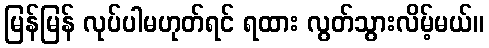
မြန်မြန် လုပ်ပါမဟုတ်ရင် ရထား လွတ်သွားလိမ့်မယ်။